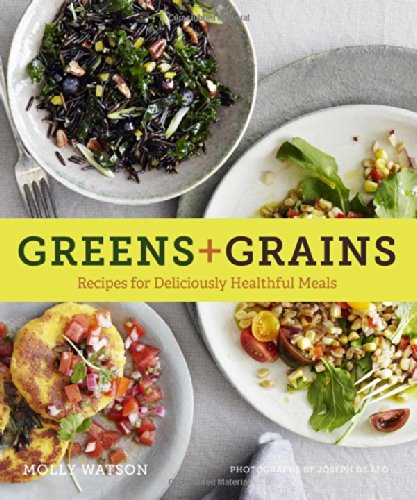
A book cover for Greens + Grains: Recipes for Deliciously Healthful Meals; Molly Watson; Cookbooks, Food & Wine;